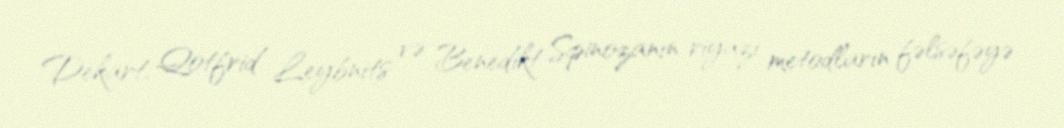
Dekart, Qotfrid Leybnits və Benedikt Spinozanın riyazi metodların fəlsəfəyə